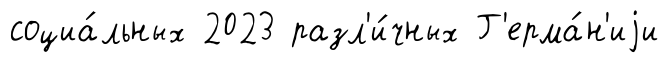
социа́льных 2023 разл'и́чных Г'ерма́н'иjи